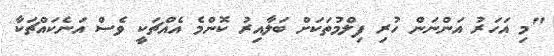
"މި އަހަރު އަންނަން ހުރި ފިލްމުތަކަށް ބަލާއިރު ކޮންމެ އެއްޗަކީ ވެސް އަނެކައްޗަކާ